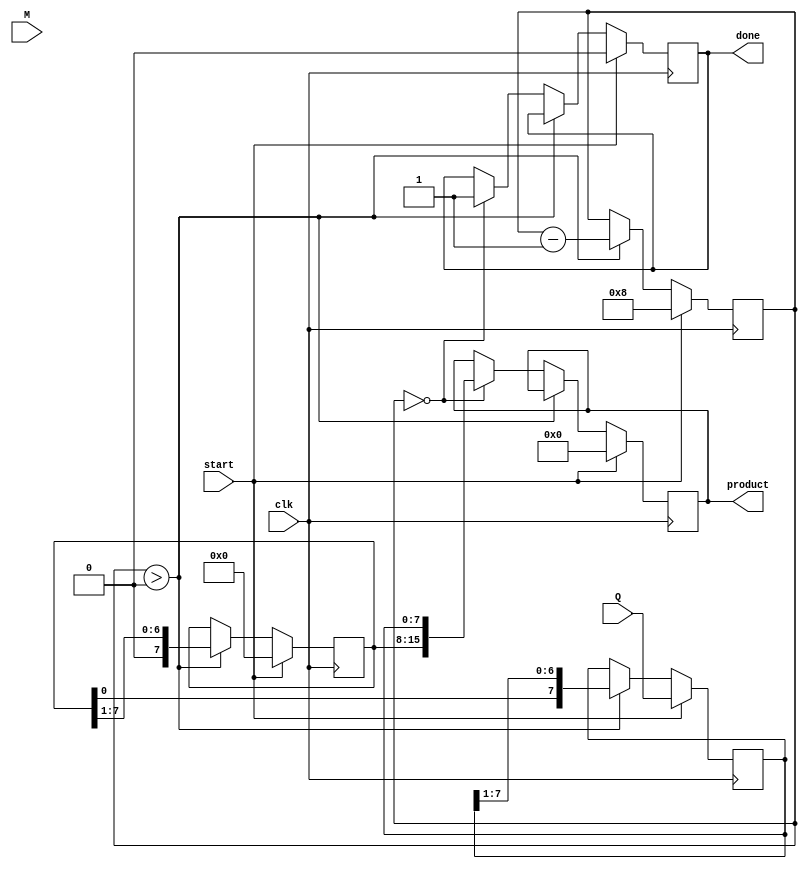
module booth_multiplier #(
    parameter N = 8 // Bit width for multiplicand and multiplier
)(
    input wire signed [N-1:0] M, // Multiplicand
    input wire signed [N-1:0] Q, // Multiplier
    input wire clk,               // Clock signal
    input wire start,             // Start signal
    output reg signed [2*N-1:0] product, // Product output
    output reg done               // Done signal
);

    reg signed [N-1:0] A;        // Accumulator
    reg [N-1:0] Q_reg;           // Multiplier register
    reg [N-1:0] Q_minus_1;       // Previous LSB of Q
    reg [3:0] count;             // Counter for bits processed

    always @(posedge clk) begin
        if (start) begin
            // Initialize
            A <= 0;
            Q_reg <= Q;
            Q_minus_1 <= 0;
            count <= N;
            product <= 0;
            done <= 0;
        end else if (count > 0) begin
            case ({Q_reg[0], Q_minus_1})
                2'b01: A <= A + M;              // Add M to A
                2'b10: A <= A - M;              // Subtract M from A
                default: ;                       // Do nothing
            endcase
            
            // Shift right operation
            {A, Q_reg} <= {A, Q_reg} >> 1; // Shift A and Q_reg right
            
            // Update Q_minus_1
            Q_minus_1 <= Q_reg[0]; // Store the current LSB for the next iteration
            
            // Decrement the count
            count <= count - 1;
        end else if (count == 0) begin
            // Final product assignment
            product <= {A, Q_reg};
            done <= 1; // Indicate that multiplication is done
        end
    end
endmodule